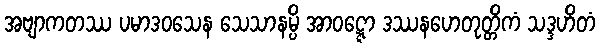
အဗျာကတဿ ပမာဒဝသေန သေသာနမ္ပိ အာဝဋ္ဋော ဒဿနဟေတုတ္တိကံ သဒ္ဒဟိတံ